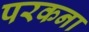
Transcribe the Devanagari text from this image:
परकना